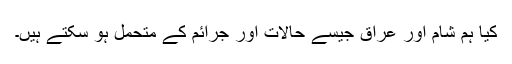
کیا ہم شام اور عراق جیسے حالات اور جرائم کے متحمل ہو سکتے ہیں۔